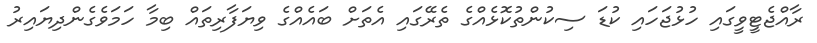
ރާއްޖެޓީވީގައި ހުޅުޖަހައި ކުޑަ ސިކުންތުކޮޅެއްގެ ތެރޭގައި އެތަށް ބައެއްގެ ވިޔަފާރިތައް ބިމާ ހަމަވެގެންދިޔައިރު